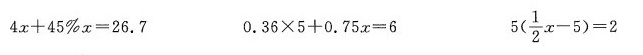
4x+45%x=26.7 0.36 \times 5+0.75x=6 5\times (\frac{1}{2}x-5)=2